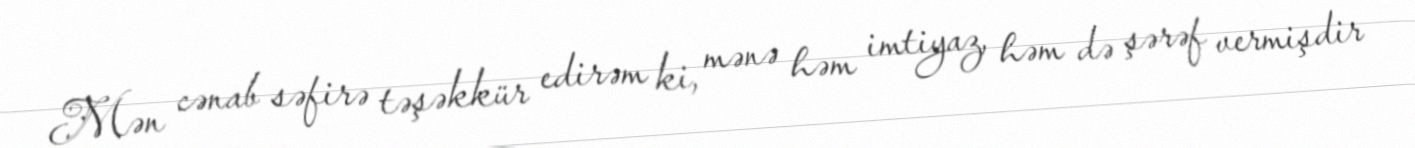
Mən cənab səfirə təşəkkür edirəm ki, mənə həm imtiyaz, həm də şərəf vermişdir